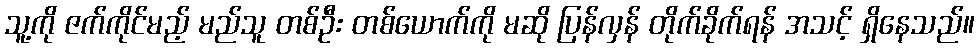
သူ့ကို ဇက်ကိုင်မည့် မည်သူ တစ်ဦး တစ်ယောက်ကို မဆို ပြန်လှန် တိုက်ခိုက်ရန် အသင့် ရှိနေသည်။